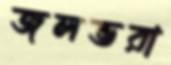
জলভরা